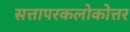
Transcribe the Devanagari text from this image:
सत्तापरकलोकोत्तर